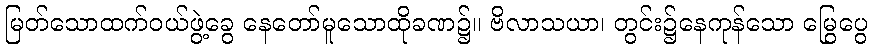
မြတ်သောထက်ဝယ်ဖွဲ့ခွေ နေတော်မူသောထိုခဏ၌။ ဗိလာသယာ၊ တွင်း၌နေကုန်သော မြွေပွေ